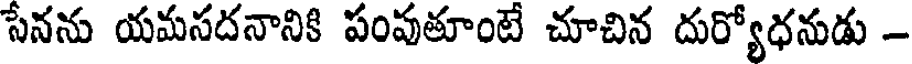
సేనను యమసదనానికి పంపుతూంటే చూచిన దుర్యోధనుడు -